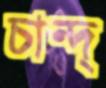
চান্দ্